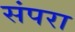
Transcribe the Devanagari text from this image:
संपरा